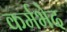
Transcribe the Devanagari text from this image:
कर्मभेद